Vaccine operations Central Provinces 1886-1899 - 1886-1899
Year: 1886
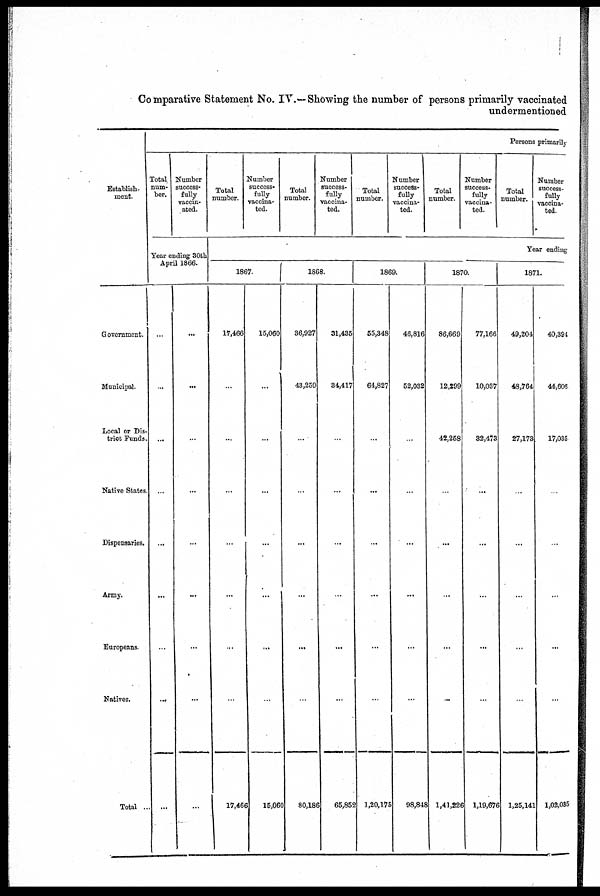
Comparative Statement No. IV.— Showing the number of persons primarily vaccinated
undermentioned
Establish-
ment.
Government.
Municipal.
Local or Dis-
trict Funds.
Native States.
Dispensaries.
Army.
Europeans.
Natives.
Total ...
Persons primarily
Total
num-
ber.
Number
success-
fully
vaccin-
ated.
Year ending 30th
April 1866.
...
...
...
...
...
...
...
...
...
...
...
...
...
...
...
...
...
...
Total
number.
Number
success-
fully
vaccina-
ted.
Total
number.
Number
success-
fully
vaccina-
ted.
Total
number.
Number
success-
fully
vaccina-
ted.
Total
number.
Number
success-
fully
vaccina-
ted.
Total
number.
Number
success-
fully
vaccina-
ted.
Year ending
1867.
17,466
...
...
...
...
...
...
...
17,466
15,060
...
...
...
...
...
...
...
15,060
1868.
36,927
43,259
...
...
...
...
...
...
80,186
31,435
34,417
...
...
...
...
...
...
65,852
1869.
55,348
64,827
...
...
...
...
...
...
1,20,175
46,816
52,032
...
...
...
...
...
...
98,848
1870.
86,669
12,299
42,258
...
...
...
...
...
1,41,226
77,166
10,037
32,473
...
...
...
...
...
1,19,676
1871.
49,204
48,764
27,173
...
...
...
...
...
1,25,141
40,394
44,606
17,035
...
...
...
...
1,02,035